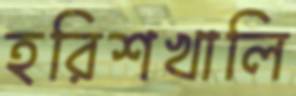
হরিশখালি